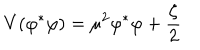
LaTeX: V ( \varphi ^ { \ast } \varphi ) = \mu ^ { 2 } \varphi ^ { \ast } \varphi + \frac { \zeta } { 2 }